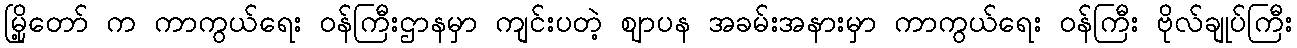
မြို့တော် က ကာကွယ်ရေး ဝန်ကြီးဌာနမှာ ကျင်းပတဲ့ ဈာပန အခမ်းအနားမှာ ကာကွယ်ရေး ဝန်ကြီး ဗိုလ်ချုပ်ကြီး